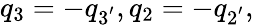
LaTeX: q_{3}=-q_{3^{'}},q_{2}=-q_{2^{'}},